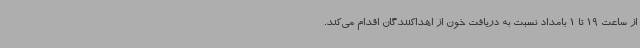
از ساعت 19 تا 1 بامداد نسبت به دریافت خون از اهداکنندگان اقدام می‌کند.